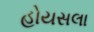
હોયસલા